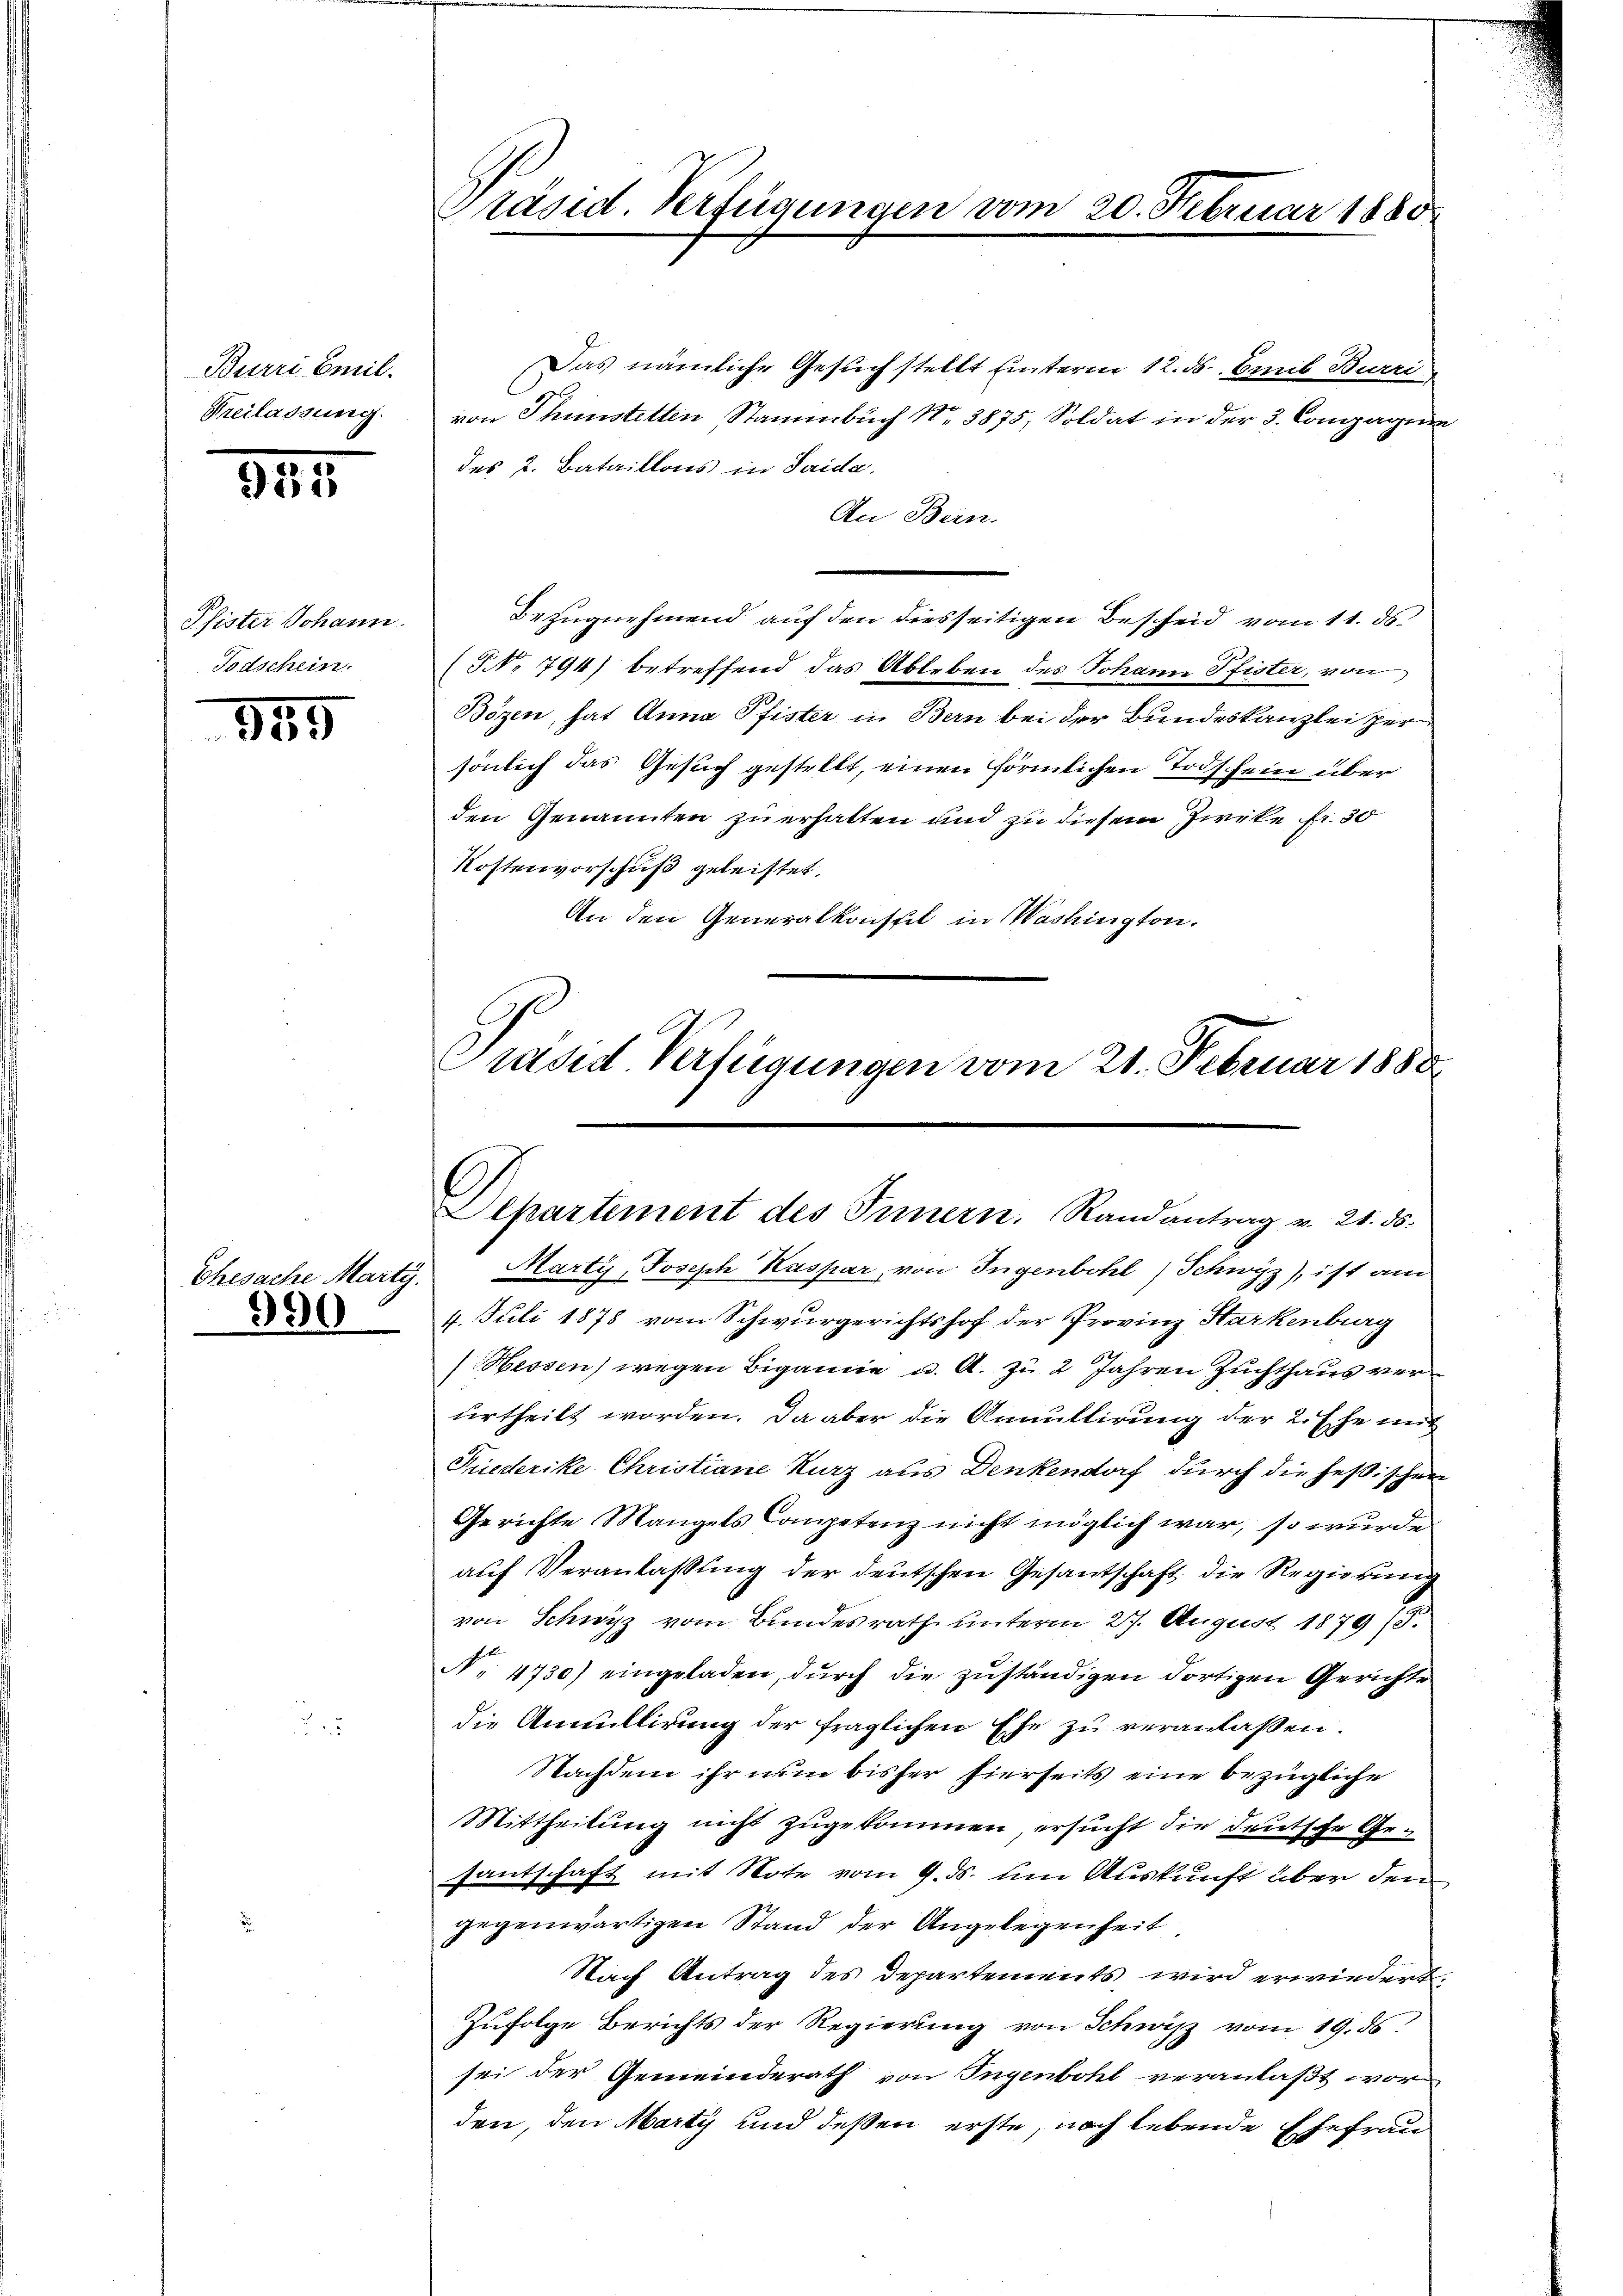
Burri Emil.
Freilassung.

345.

Pfister Johann
Todschein.

185

Thesache Marty.
990

räsid. Verfügungen vom 20. Februar 188

Departement des Innern. Randantrag v. 21. ds.

Das nämliche Gesuch stellt hinterm 12. ds. Emil Burri
von Thunstetten Stammbuch N. 3875, Soldat in der 3. Compagnie
des 2. Bataillons in Saida.
An Bern.
Bezugnehmend auf den diesseitigen Bescheid vom 11. ds.
(§ No 794) betreffend das Ableben des Johann Pfister, von
Bözen, hat Anna Pfister in Bern bei der Bundeskanzlei zer
sönlich das Gesuch gestellt, einen förmlichen Todschein über
den Genannten zu erhalten und zu diesem Zwecke fr. 30
Kostenvorschuß geleistet.
An den Generalkonseit in Washington.
Präsid. Verfügungen vom 21. Februar 1888

Marty, Joseph Kaspar von Ingenbohl) Schwyz), ist am
4. Juli 1878 vom Schwurgerichtshof der Provinz Starkenburg
Hessen) wegen Bigamie u. A. zu 2 Jahren Zuchthaus verurtheilt worden. Da aber die Annullirung der 2. Ehe mit
Fiederike Christiane kurz aus Denkendorf durch die heßischen
Gerichte Mangels Competenz nicht möglich war, so wurde
auf Veranlassung der deutschen Gesantschaft die Regierung
von Schwyz vom Bundesrath unterm 27. August 1879 (8
N. 4730) eingeladen, dŭrch die zuständigen dortigen Gerichte
die Annullirung der fraglichen Ehe zu veranlaßen.
Nachdem ihr nun bisher hierseits eine bezügliche
Mittheilung nicht zugekommen ersucht die deutsche Gesantschaft mit Note vom 9. ds. um Auskunft über den
gegenwärtigen Stand der Angelegenheit
Nach Antrag des Departements wird erwiedert.
Zufolge Berichts der Regierung von Schwyz vom 19. ds.
sei der Gemeinderath von Ingenbohl veranlaßt worden, den Marty und deßen erste, noch lebende Ehefrau